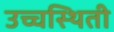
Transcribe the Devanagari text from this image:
उच्चस्थिती